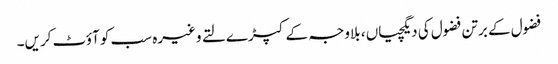
فضول کے برتن فضول کی دیگچیاں ، بلاوجہ کے کپڑے لتے وغیرہ سب کو آؤٹ کریں۔